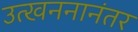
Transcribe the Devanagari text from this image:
उत्खननानंतर